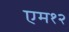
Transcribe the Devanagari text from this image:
एम१२